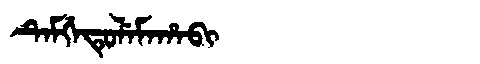
Manchu: ᡨᡝᠮᡤᡝᡨᡠᠯᡝᠮᠠᡥᠠᠪᡳ
Romanization: TEMGETULEMAHABI